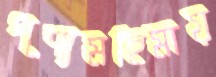
পূণ্যমহিমায়